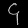
Digit: ၄